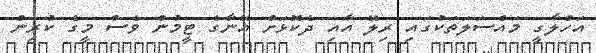
އަހްލާގީ މައްސަލަތަކުގައި ރިލޭ އާއި ދެކޮޅަށް އޭނާގެ ޓީމުން ވެސް މީގެ ކުރިން